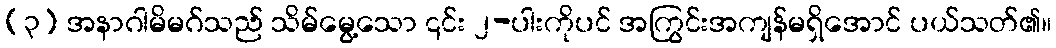
(၃) အနာဂါမိမဂ်သည် သိမ်မွေ့သော ၎င်း ၂-ပါးကိုပင် အကြွင်းအကျန်မရှိအောင် ပယ်သတ်၏။